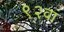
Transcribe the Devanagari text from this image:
९२वां